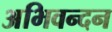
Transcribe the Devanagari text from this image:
अभिवन्दन